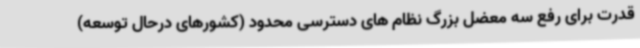
قدرت برای رفع سه معضل بزرگ نظام های دسترسی محدود (کشورهای درحال توسعه)